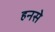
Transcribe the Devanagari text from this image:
हनसे